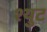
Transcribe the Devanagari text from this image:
श्युट